Annual administration report of the Civil Veterinary Department of India - 1896-1897
Year: 1896
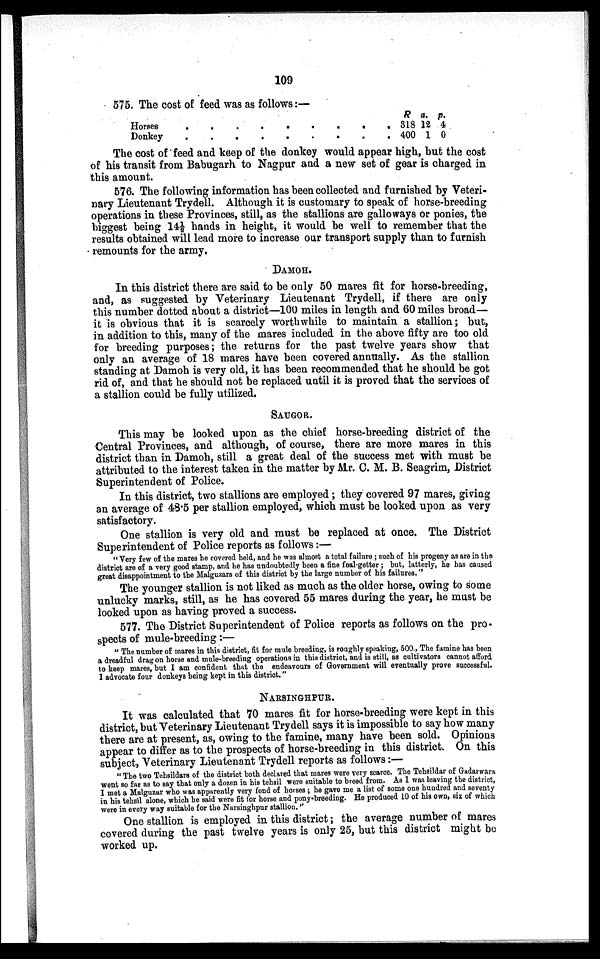
109
575. The cost of feed was as follows:—
Horses
Donkey
. .
. .
.
.
.
.
.
.
.
.
.
.
R
. 318
. 400
a.
12
1
p.
4
0
The cost of feed and keep of the donkey would appear high, but the cost
of his transit from Babugarh to Nagpur and a new set of gear is charged in
this amount.
576. The following information has been collected and furnished by Veteri-
nary Lieutenant Trydell. Although it is customary to speak of horse-breeding
operations in these Provinces, still, as the stallions are galloways or ponies, the
biggest being 14½ hands in height, it would be well to remember that the
results obtained will lead more to increase our transport supply than to furnish
remounts for the army.
DAMOH.
In this district there are said to be only 50 mares fit for horse-breeding,
and, as suggested by Veterinary Lieutenant Trydell, if there are only
this number dotted about a district—100 miles in length and 60 miles broad—
it is obvious that it is scarcely worthwhile to maintain a stallion; but,
in addition to this, many of the mares included in the above fifty are too old
for breeding purposes; the returns for the past twelve years show that
only an average of 18 mares have been covered annually. As the stallion
standing at Damoh is very old, it has been recommended that he should be got
rid of, and that he should not be replaced until it is proved that the services of
a stallion could be fully utilized.
SAUGOR.
This may be looked upon as the chief horse-breeding district of the
Central Provinces, and although, of course, there are more mares in this
district than in Damoh, still a great deal of the success met with must be
attributed to the interest taken in the matter by Mr. C. M. B. Seagrim, District
Superintendent of Police.
In this district, two stallions are employed; they covered 97 mares, giving
an average of 48.5 per stallion employed, which must be looked upon as very
satisfactory.
One stallion is very old and must be replaced at once. The District
Superintendent of Police reports as follows:—
"Very few of the mares he covered held, and he was almost a total failure; such of his progeny as are in the
district are of a very good stamp, and he has undoubtedly been a fine foal-getter; but, latterly, he has caused
great disappointment to the Malguzars of this district by the large number of his failures."
The younger stallion is not liked as much as the older horse, owing to some
unlucky marks, still, as he has covered 55 mares during the year, he must be
looked upon as having proved a success.
577. The District Superintendent of Police reports as follows on the pro-
spects of mule-breeding:—
" The number of mares in this district, fit for mule breeding, is roughly speaking, 500., The famine has been
a dreadful drag on horse and mule-breeding operations in this district, and is still, as cultivators cannot afford
to keep mares, but I am confident that the endeavours of Government will eventually prove successful.
I advocate four donkeys being kept in this district."
NARSINGHPUR.
It was calculated that 70 mares fit for horse-breeding were kept in this
district, but Veterinary Lieutenant Trydell says it is impossible to say how many
there are at present, as, owing to the famine, many have been sold. Opinions
appear to differ as to the prospects of horse-breeding in this district. On this
subject, Veterinary Lieutenant Trydell reports as follows:—
"The two Tehsildars of the district both declared that mares were very scarce. The Tehsildar of Gadarwara
went so far as to say that only a dozen in his tehsil were suitable to breed from. As I was leaving the district,
I met a Malguzar who was apparently very fond of horses; he gave me a list of some one hundred and seventy
in his tehsil alone, which he said were fit for horse and pony-breeding. He produced 10 of his own, six of which
were in every way suitable for the Narsinghpur stallion.''
One stallion is employed in this district; the average number of mares
covered during the past twelve years is only 25, but this district might be
worked up.